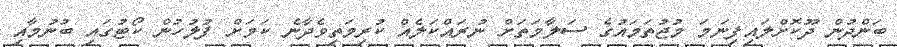
ބަންދުން ދޫކޮށްލައިފިނަމަ މުޖުތަމައުގެ ސަލާމަތަށް ނުރައްކަލެއް ކުރިމަތިވެދާނެ ކަމަށް ފުލުހުން ކޯޓުގައި ބުނުމާއި